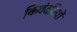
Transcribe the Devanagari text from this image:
किवंदतियों